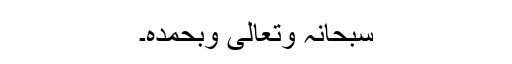
سبحانہ وتعالیٰ وبحمدہ۔